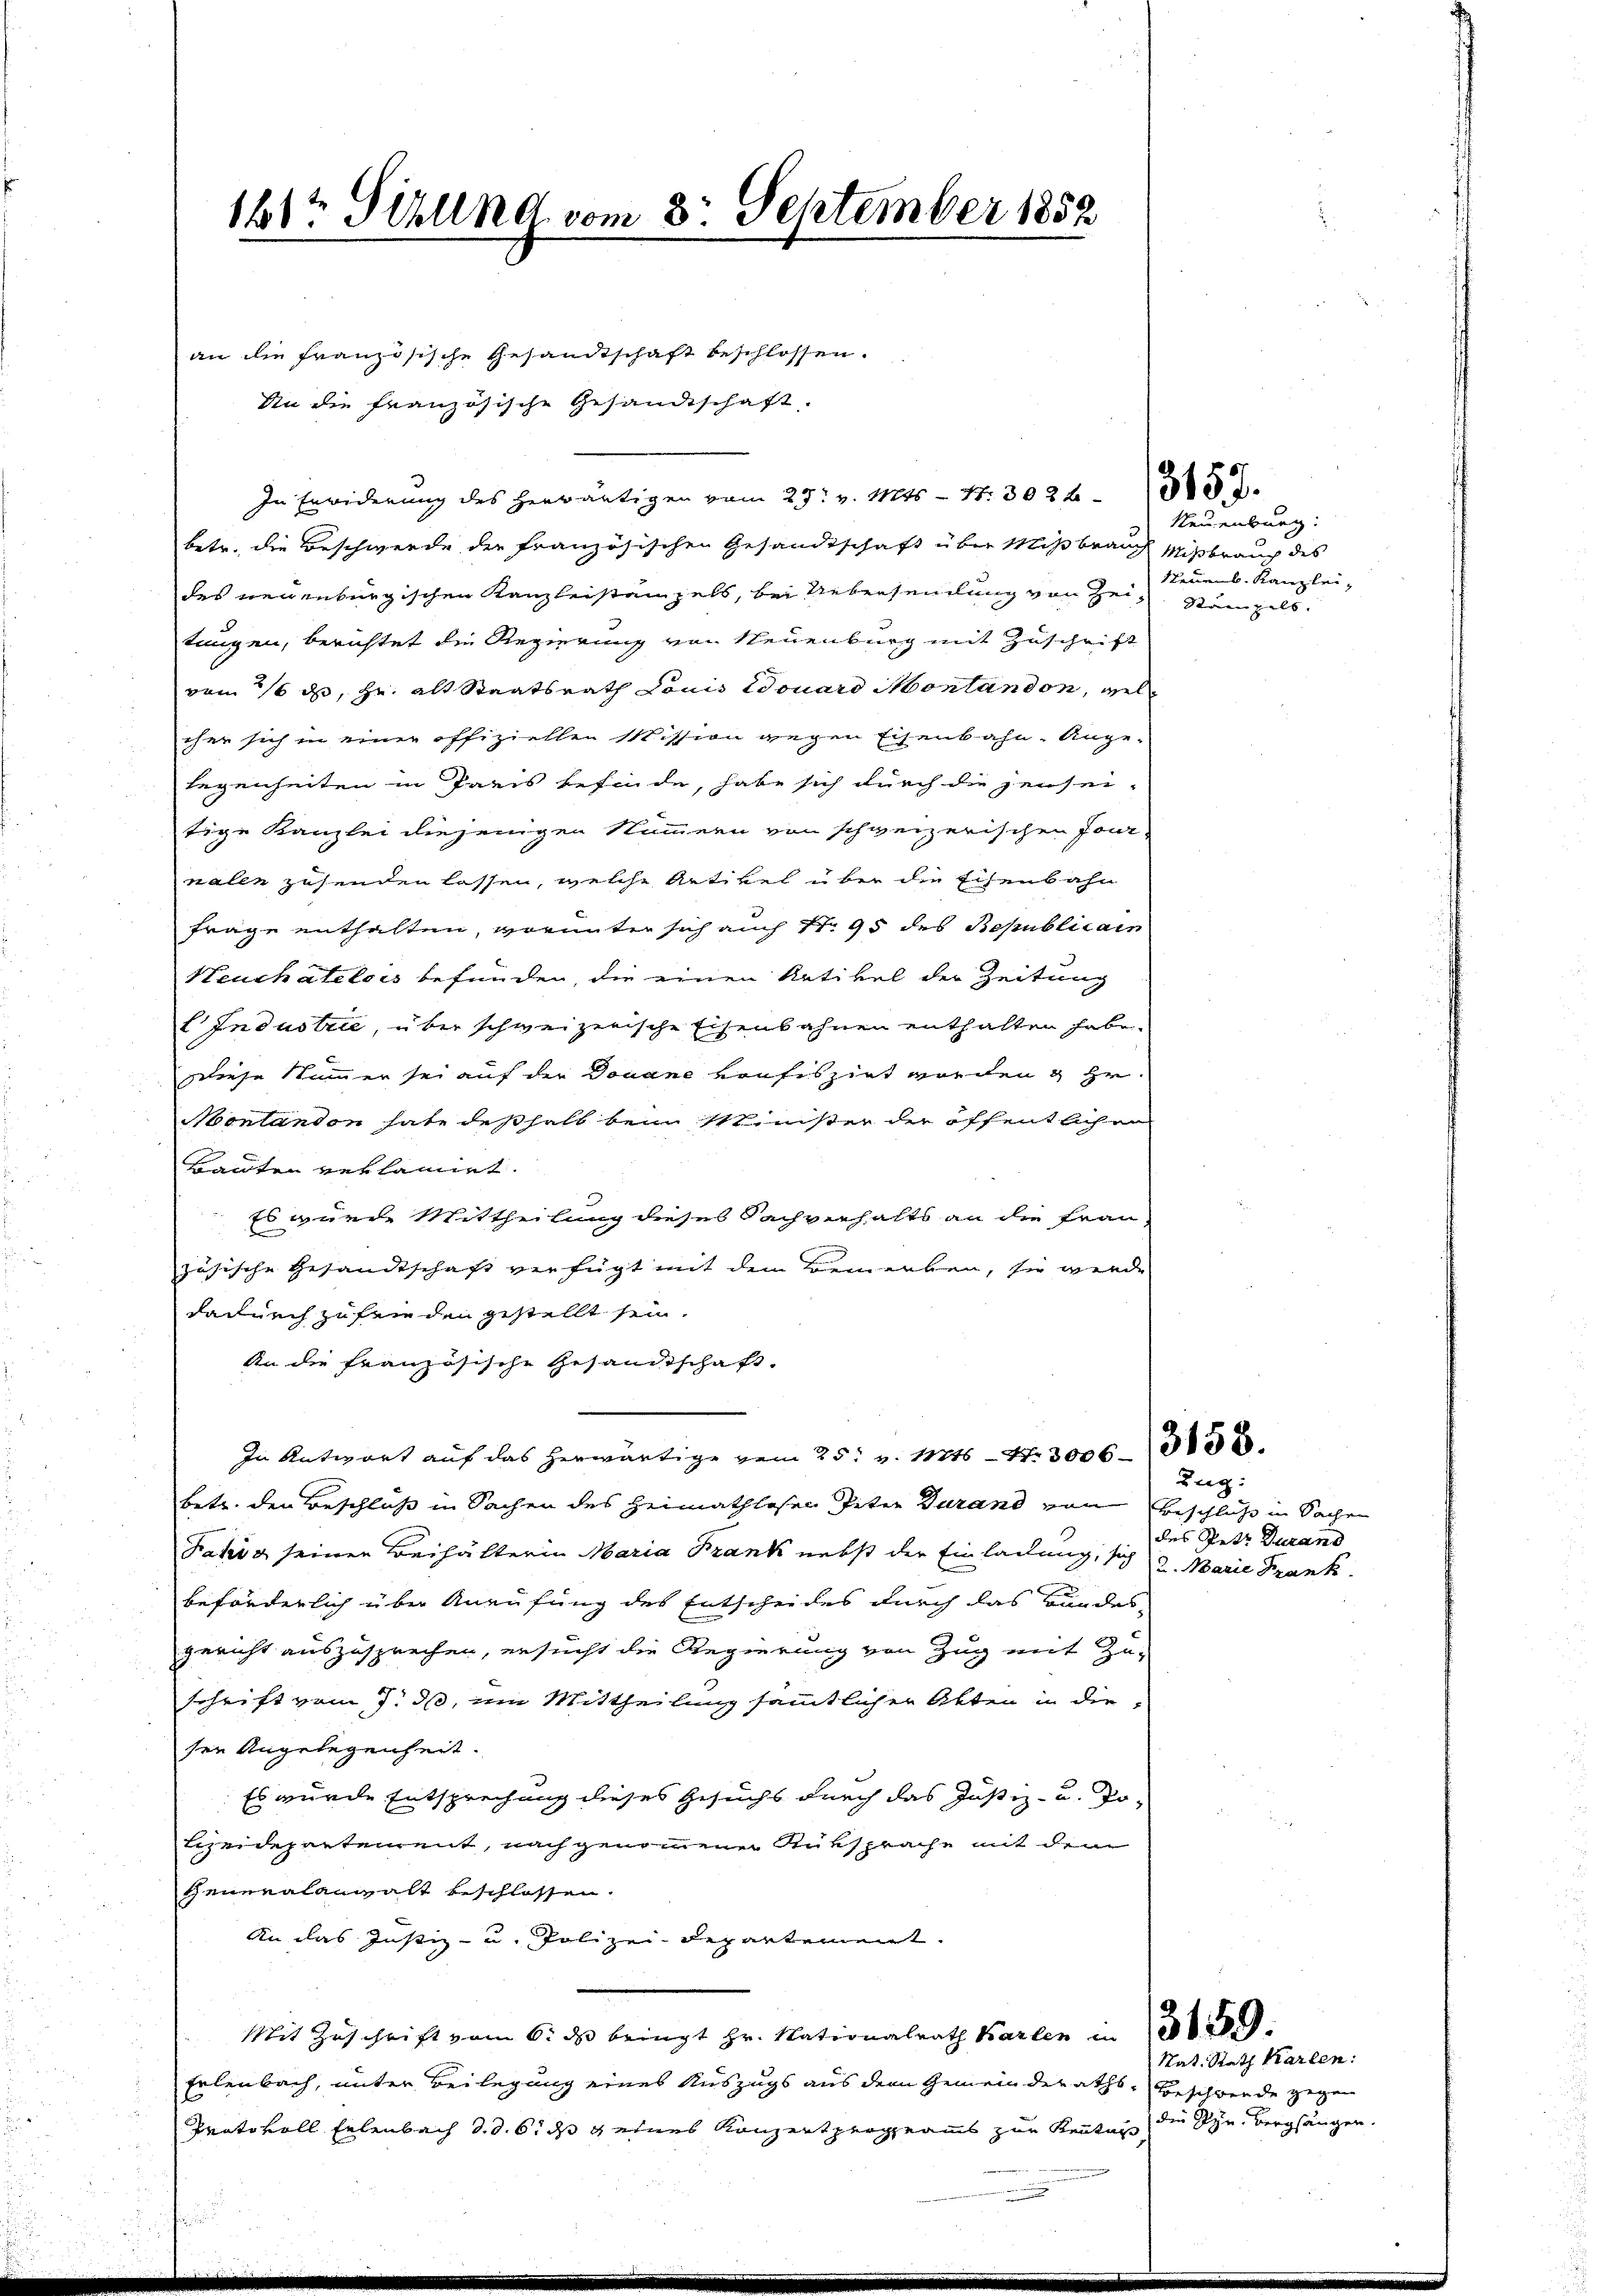
181t Sizung vom 8. September 1852

an die französische Gesandtschaft beschlossen.
An die französische Gesandtschaft.
betr. die Beschwerde der französischen Gesandtschaft über Mißbrauch Mißbrauch des
des neuenburgischen Kanzleistanzels, bei Uebersendung von Heiz. Stempels
tungen, berichtet die Regierung von Neuenburg mit Zuschrift
vom 16 ds, Hr. alt Staatsrath Louis louard Montandon, welc
ohne sich in einer offiziellen Mission gegen Eisenbahn-Ange-
legenheiten in Paris befinde, habe sich durch die jensei-
tige Kanzlei diejenigen Nummern von schweizerischen Jour-
nalen zusenden lassen, welche Artikel über die Eisenbahn
Frage enthalten, worunter sich auch No 95 des Bepublicain
Neuchâtelois befunden, die einen Artikel der Zeitung
E Industrie, über schweizerische Eisenbahnen enthalten habe.
wiese Summer sei auf der Douane konfiszirt worden & Hr.
Montandon hat deshalb beim Minister der öffentlichen
Bauten reklamirt.
Es wurde Mittheilung dieses Sachverhalts an die Frau
zösische Gesandtschaft verfügt mit dem Bemerken, sie werde
dadurch zu feinden gestellt sein.
An die französische Gesandtschaft.
In Antwort auf das herwärtige vom 25. v. Mts. - 4. 3006. 338.
betr. den Beschluß in Sachen des Heimathlosen Peter Darand von Beschluß in Sachen
Fahig seinen Beihälterin Maria Frank nebst der Einladung, sich 2. Marie Frank
d
beförderlich über Anrufung des Entscheides durch das Bundes-
gericht auszusprechen, ersucht die Regierung von Zug mit Zu-
schrift vom 7. ds, um Mittheilung sämmtlichen Akten in die
sen Angelegenheit.
Es wurde Entsprechung dieses Gesuchs durch das Justiz- u. So-
lizeidepartement, nach genommenen Rüksprache mit dem
Generalanwalt beschlossen.
An das Justiz- u. Polizeidepartement.
Mit Zuschrift vom 6. ds bringt Hr. Nationalrath Karten in 1382
Erlenbach, unter Beilegung eines Auszugs aus dem Gemeinderaths, beschwerde gegen
Protokoll Erlenbach d. d. 6. ds eines Konzert programms zur Kenntag, die Pyr. vergängen.

In Erwiderung des herwärtigen vom 29. v. Mts. - N. 302 f 353.

Neuenburg.
Neures Kanzlei,

Zug:
des Petr. Durand

Rat. Rath Karten: